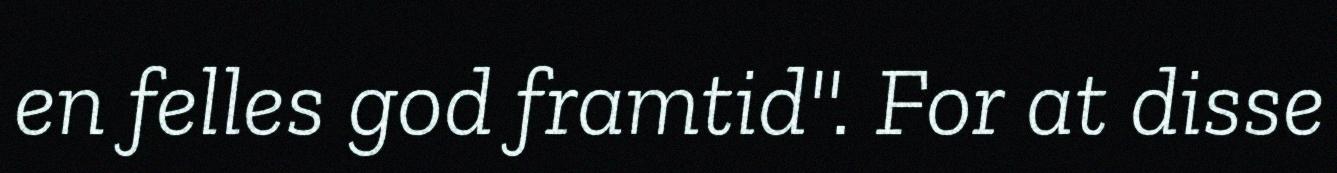
en felles god framtid". For at disse